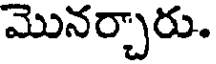
మొనర్చారు.